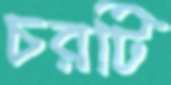
চরটি